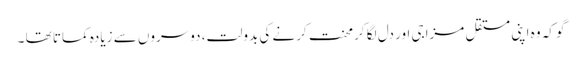
گو کہ وہ اپنی مستقل مزاجی اور دل لگا کرمحنت کرنے کی بدولت، دوسروں سے زیادہ کماتا تھا ۔